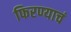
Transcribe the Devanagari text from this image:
फिरण्याचं